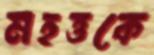
মহত্তকে